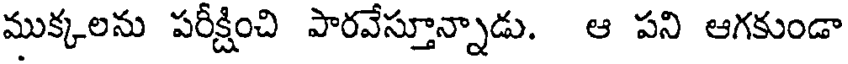
ముక్కలను పరీక్షించి పారవేస్తూన్నాడు. ఆ పని ఆగకుండా